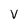
Character: V